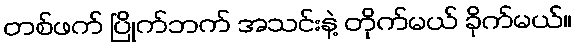
တစ်ဖက် ပြိုက်ဘက် အသင်းနဲ့ တိုက်မယ် ခိုက်မယ်။